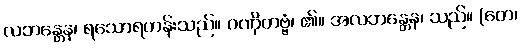
လဘန္တေန၊ ရသောရဟန်းသည်။ ဂဏှိတဗ္ဗံ၊ ၏။ အလဘန္တေန၊ သည်။ (တေ၊